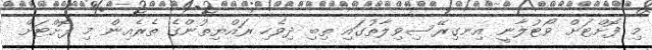
މި ފޮށްޓަށް ވޯޓުލާނީ އިނގިރޭސިވިލާތުގައި ތިބި ދިވެހި ރައްޔިތުންގެ ތެރެއިން މި ފޮށްޓަށް